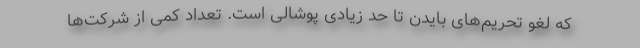
که لغو تحریم‌های بایدن تا حد زیادی پوشالی است. تعداد کمی از شرکت‌ها